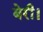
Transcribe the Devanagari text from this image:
बेरी।